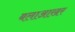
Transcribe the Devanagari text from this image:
बलाआख़र